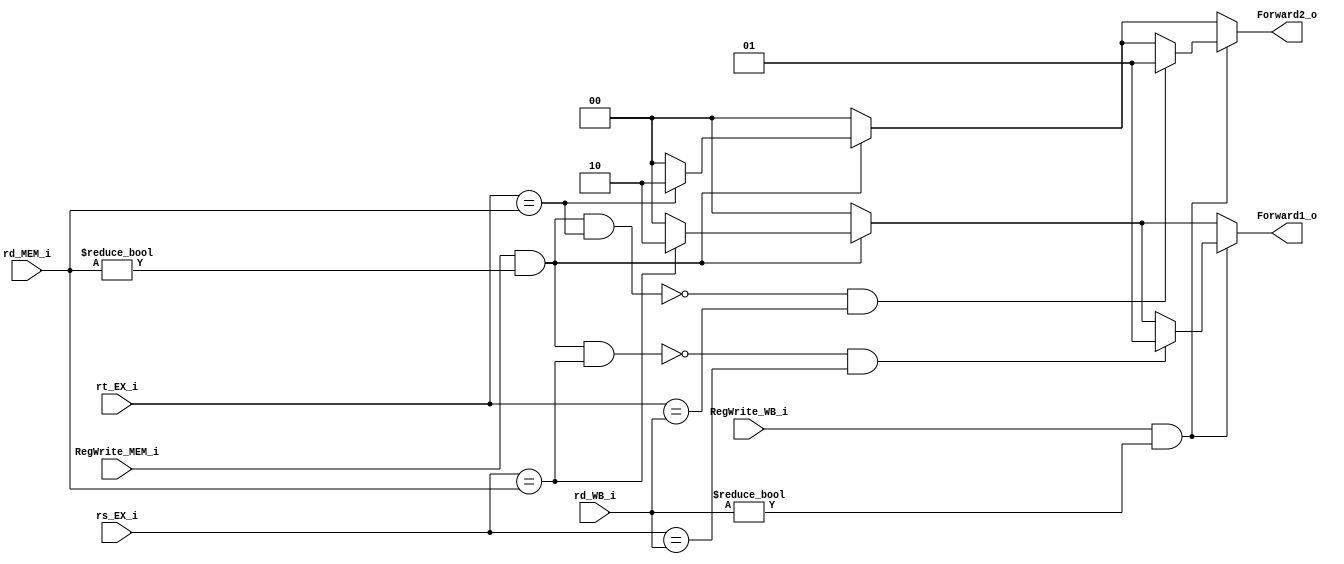
// Writer:  0416024 

module ForwardUnit(
    rs_EX_i,
    rt_EX_i,
    rd_MEM_i,
    RegWrite_MEM_i,
    rd_WB_i,
    RegWrite_WB_i,
    Forward1_o,
    Forward2_o
  );

input  [4:0] rs_EX_i; // rs address from ID/EX stage
input  [4:0] rt_EX_i; // rt address from ID/EX stage
input  [4:0] rd_MEM_i; // register destination from EX/MEM stage
input        RegWrite_MEM_i; // will instruction in EX/MEM stage write register?
input  [4:0] rd_WB_i; // register destination from MEM/WB stage
input        RegWrite_WB_i; // will instruction in MEM/WB stage write register?
output [1:0] Forward1_o; // source to forward to rs
output [1:0] Forward2_o; // source to forward to rt

reg    [1:0] Forward1_o;
reg    [1:0] Forward2_o;

always @(*) begin
  // default to no forwarding
  Forward1_o = 2'b00;
  Forward2_o = 2'b00;
  // EX hazard
  if (RegWrite_MEM_i && rd_MEM_i != 0) begin
    if (rs_EX_i == rd_MEM_i)
      Forward1_o = 2'b10;
    if (rt_EX_i == rd_MEM_i)
      Forward2_o = 2'b10;
  end
  // MEM hazard
  if (RegWrite_WB_i && rd_WB_i != 0) begin
    if (!(RegWrite_MEM_i && rd_MEM_i != 0
          && rs_EX_i == rd_MEM_i) // also EX hazard
        && rs_EX_i == rd_WB_i)
      Forward1_o = 2'b01;
    if (!(RegWrite_MEM_i && rd_MEM_i != 0
          && rt_EX_i == rd_MEM_i) // also EX hazard
        && rt_EX_i == rd_WB_i)
      Forward2_o = 2'b01;
  end
end

endmodule